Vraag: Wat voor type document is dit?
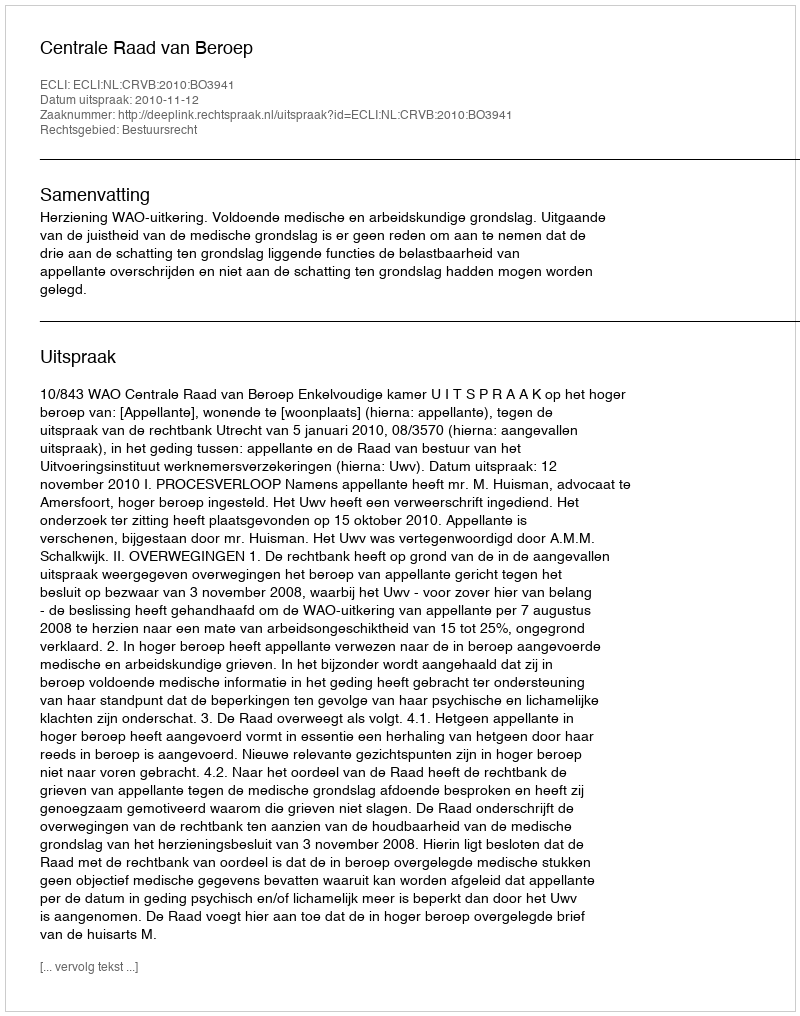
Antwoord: Uitspraak